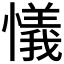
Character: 𢣂